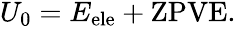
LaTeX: \begin{array}{r}{U_{0}=E_{\mathrm{ele}}+\mathrm{ZPVE}.}\end{array}